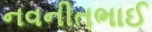
નવનીતભાઈ